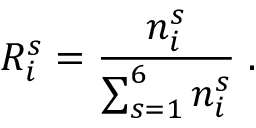
R _ { i } ^ { s } = \frac { n _ { i } ^ { s } } { \sum _ { s = 1 } ^ { 6 } { n _ { i } ^ { s } } } \; .